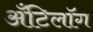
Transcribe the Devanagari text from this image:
अँटिलॉग